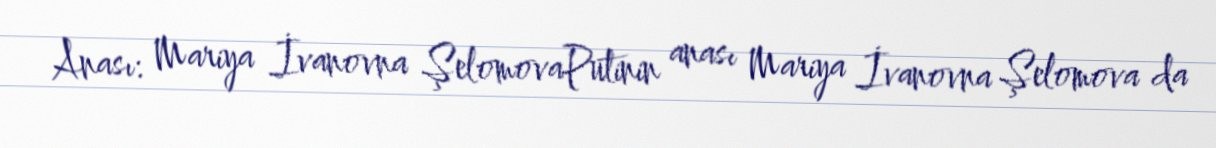
Anası: Mariya İvanovna ŞelomovaPutinin anası Mariya İvanovna Şelomova da